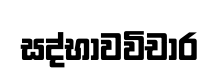
සද්භාවවිචාර